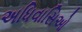
અધિવાસિઓ